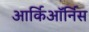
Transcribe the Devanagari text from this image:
आर्किऑर्निस